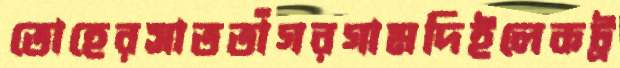
তোহেরসাততাঁগরগামদিইলেকট্র